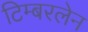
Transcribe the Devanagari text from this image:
टिम्बरलेन